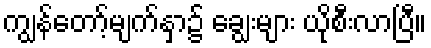
ကျွန်တော့်မျက်နှာ၌ ချွေးများ ယိုစီးလာပြီ။